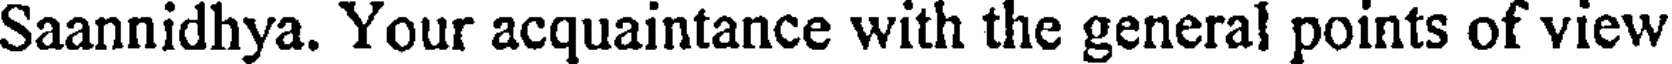
Saannidhya. Your acquaintance with the general points of view